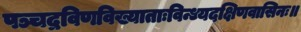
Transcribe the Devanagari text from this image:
पञ्चद्रविणविख्याताःविन्ध्यदक्षिणवासिनः॥